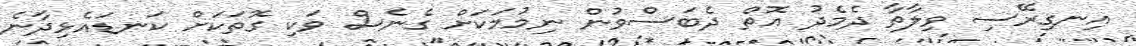
އިނގިރޭސި ވިލާތާ ދެމެދު އޮތް ދެބަސްވުން ނިމުމަކަށް ގެނެސް ވަކި ގޮތަކަށް ކަނޑައެޅިދާނެ